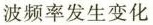
波频率发生变化